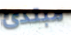
مبتدئ